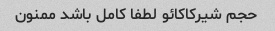
حجم شیرکاکائو لطفا کامل باشد ممنون